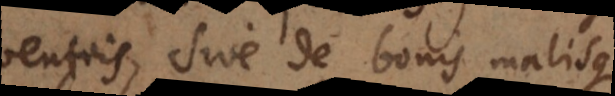
consequentiis, sive de bonis malisque